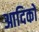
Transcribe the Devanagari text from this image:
आदिकों